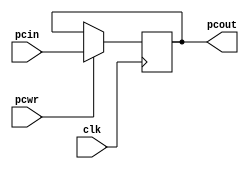
module pc(clk, pcwr, pcin, pcout);
  
  input clk, pcwr;
  input [31:0] pcin;
  output reg [31:0] pcout;
  
  always@(posedge clk)
  begin
    if(pcwr)
      begin
        pcout <= pcin;
      end
  end

endmodule